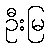
ဦးမြ